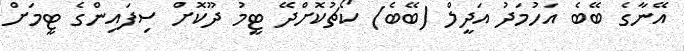
އޭނާގެ ބޭބެ އަހުމަދު އަދީލް (ބޭބެ) ކޯޗުކޮށްދޭ ޓީމު ދޫކޮށް ސިފައިންގެ ޓީމަށް